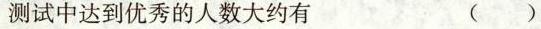
测试中达到优秀的人数大约有 ( )